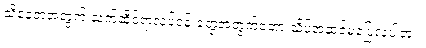
သိနေတဲ့အတွက် သက်ဆိုင်ရာလုပ်ငန်းတွေအတွက်တော့ သိပ်အဆင်မပြေလှပါဘူး။